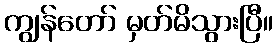
ကျွန်တော် မှတ်မိသွားပြီ။